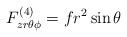
LaTeX: \begin{align*}F^{(4)}_{zr\theta\phi}=f r^2 \sin{\theta}\end{align*}